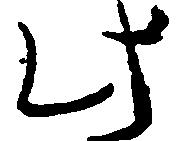
此